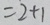
= 2 + 1